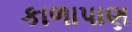
કાળાપાણ